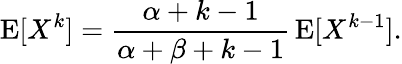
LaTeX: \operatorname{E}[X^{k}]={\frac{\alpha+k-1}{\alpha+\beta+k-1}}\operatorname{E}[X^{k-1}].